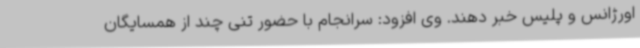
اورژانس و پلیس خبر دهند. وی افزود: سرانجام با حضور تنی چند از همسایگان